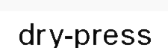
dry-press